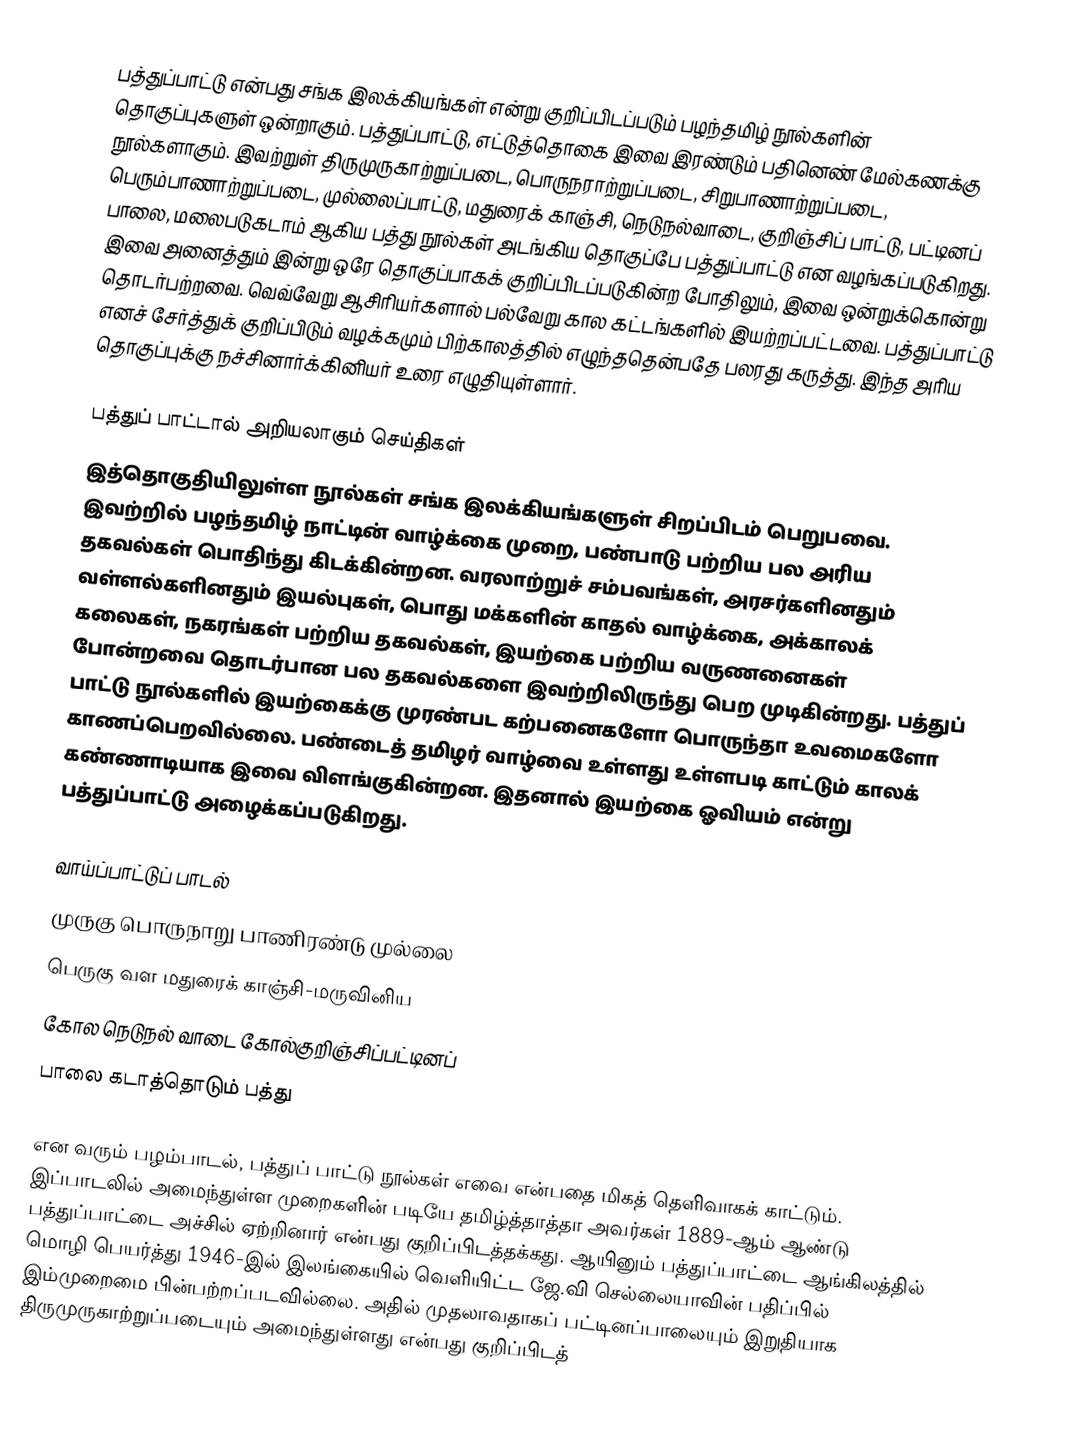
பத்துப்பாட்டு என்பது சங்க இலக்கியங்கள் என்று குறிப்பிடப்படும் பழந்தமிழ் நூல்களின் தொகுப்புகளுள் ஒன்றாகும். பத்துப்பாட்டு, எட்டுத்தொகை இவை இரண்டும் பதினெண் மேல்கணக்கு நூல்களாகும். இவற்றுள் திருமுருகாற்றுப்படை, பொருநராற்றுப்படை, சிறுபாணாற்றுப்படை, பெரும்பாணாற்றுப்படை, முல்லைப்பாட்டு, மதுரைக் காஞ்சி, நெடுநல்வாடை, குறிஞ்சிப் பாட்டு, பட்டினப் பாலை, மலைபடுகடாம் ஆகிய பத்து நூல்கள் அடங்கிய தொகுப்பே பத்துப்பாட்டு என வழங்கப்படுகிறது. இவை அனைத்தும் இன்று ஒரே தொகுப்பாகக் குறிப்பிடப்படுகின்ற போதிலும், இவை ஒன்றுக்கொன்று தொடர்பற்றவை. வெவ்வேறு ஆசிரியர்களால் பல்வேறு கால கட்டங்களில் இயற்றப்பட்டவை. பத்துப்பாட்டு எனச் சேர்த்துக் குறிப்பிடும் வழக்கமும் பிற்காலத்தில் எழுந்ததென்பதே பலரது கருத்து. இந்த அரிய தொகுப்புக்கு நச்சினார்க்கினியர் உரை எழுதியுள்ளார்.

பத்துப் பாட்டால் அறியலாகும் செய்திகள்
இத்தொகுதியிலுள்ள நூல்கள் சங்க இலக்கியங்களுள் சிறப்பிடம் பெறுபவை. இவற்றில் பழந்தமிழ் நாட்டின் வாழ்க்கை முறை, பண்பாடு பற்றிய பல அரிய தகவல்கள் பொதிந்து கிடக்கின்றன. வரலாற்றுச் சம்பவங்கள், அரசர்களினதும் வள்ளல்களினதும் இயல்புகள், பொது மக்களின் காதல் வாழ்க்கை, அக்காலக் கலைகள், நகரங்கள் பற்றிய தகவல்கள், இயற்கை பற்றிய வருணனைகள் போன்றவை தொடர்பான பல தகவல்களை இவற்றிலிருந்து பெற முடிகின்றது. பத்துப் பாட்டு நூல்களில் இயற்கைக்கு முரண்பட கற்பனைகளோ பொருந்தா உவமைகளோ காணப்பெறவில்லை. பண்டைத் தமிழர் வாழ்வை உள்ளது உள்ளபடி காட்டும் காலக் கண்ணாடியாக இவை விளங்குகின்றன. இதனால் இயற்கை ஓவியம் என்று பத்துப்பாட்டு அழைக்கப்படுகிறது.

வாய்ப்பாட்டுப் பாடல்
முருகு பொருநாறு பாணிரண்டு முல்லை
பெருகு வள மதுரைக் காஞ்சி-மருவினிய
கோல நெடுநல் வாடை கோல்குறிஞ்சிப்பட்டினப்
பாலை கடாத்தொடும் பத்து

என வரும் பழம்பாடல், பத்துப் பாட்டு நூல்கள் எவை என்பதை மிகத் தெளிவாகக் காட்டும். இப்பாடலில் அமைந்துள்ள முறைகளின் படியே தமிழ்த்தாத்தா அவர்கள் 1889-ஆம் ஆண்டு பத்துப்பாட்டை அச்சில் ஏற்றினார் என்பது குறிப்பிடத்தக்கது. ஆயினும் பத்துப்பாட்டை ஆங்கிலத்தில் மொழி பெயர்த்து 1946-இல் இலங்கையில் வெளியிட்ட ஜே.வி  செல்லையாவின் பதிப்பில் இம்முறைமை பின்பற்றப்படவில்லை. அதில் முதலாவதாகப் பட்டினப்பாலையும் இறுதியாக திருமுருகாற்றுப்படையும் அமைந்துள்ளது என்பது குறிப்பிடத்